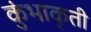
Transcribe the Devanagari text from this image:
कुंभाकृती